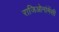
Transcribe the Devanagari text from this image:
राजिओनांमेंसी